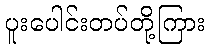
ပူးပေါင်းတပ်တို့ကြား